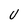
Character: V